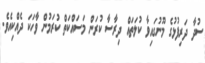
ސުދާ ދަރިފުޅުގެ މޫނުގައިވާ ކުލަތައް ދިރާސާ ކުރަން މަސައްކަތް ކުރަމުން ވާހަކަ ދެއްކިއެވެ.